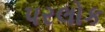
પરલોક